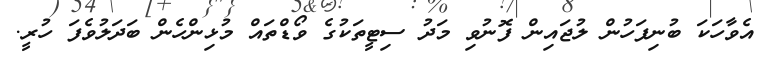
އެވާހަކަ ބުނިފަހުން ލުޖައިން ފޮނުވި މަދު ސިޓީތަކުގެ ވޯޑްތައް މުޅިންހެން ބަދަލުވެފަ ހުރީ.